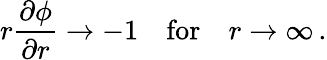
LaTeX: r\frac{\partial\phi}{\partial r}\rightarrow-1\quad\mathrm{for}\quad r\rightarrow\infty\, .